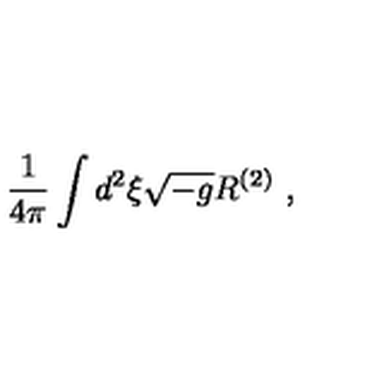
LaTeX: \frac { 1 } { 4 \pi } \int d ^ { 2 } \xi \sqrt { - g } R ^ { ( 2 ) } \ ,